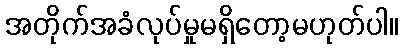
အတိုက်အခံလုပ်မှုမရှိတော့မဟုတ်ပါ။